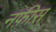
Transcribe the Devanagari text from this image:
नफ़ीस